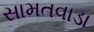
સામતવાડા